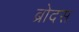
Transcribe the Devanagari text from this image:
ब्रोदस